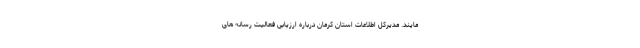
مایند. مدیرکل اطلاعات استان کرمان درباره ارزیابی فعالیت رسانه های